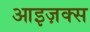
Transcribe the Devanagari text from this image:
आइज़क्स